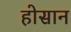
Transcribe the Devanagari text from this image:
होसान